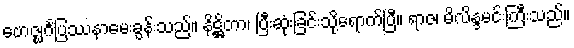
ဗောဇ္ဈင်္ဂပြဿနာမေးခွန်းသည်။ နိဋ္ဌိတာ၊ ပြီးဆုံးခြင်းသို့ရောက်ပြီ။ ရာဇ၊ မိလိန္ဒမင်းကြီးသည်။